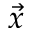
\vec { x }